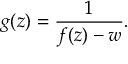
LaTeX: g ( z ) = { \frac { 1 } { f ( z ) - w } } .